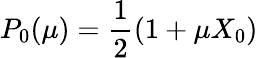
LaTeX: P_{0}(\mu)=\frac{1}{2}(1+\mu X_{0})